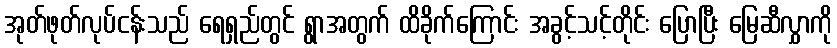
အုတ်ဖုတ်လုပ်ငန်းသည် ရေရှည်တွင် ရွာအတွက် ထိခိုက်ကြောင်း အခွင့်သင့်တိုင်း ပြောပြီး မြေဆီလွှာကို